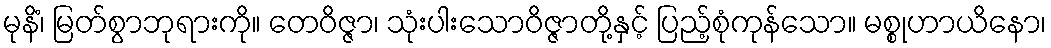
မုနိံ၊ မြတ်စွာဘုရားကို။ တေဝိဇ္ဇာ၊ သုံးပါးသောဝိဇ္ဇာတို့နှင့် ပြည့်စုံကုန်သော။ မစ္စုဟာယိနော၊